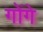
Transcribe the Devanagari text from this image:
गोंगे